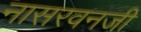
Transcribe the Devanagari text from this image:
नासरवनजी